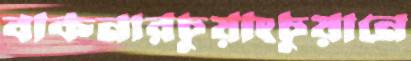
বাকনারচুয়াংচুয়ানে